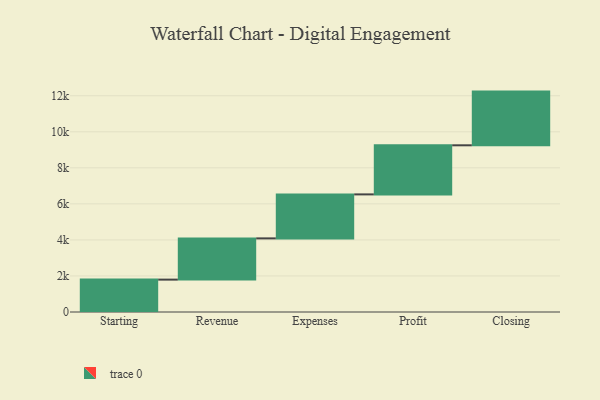
{"axis": {"x": "Step", "y": "Value"}, "legend": [""], "data": [{"x": "Starting", "y": 1797.0, "type": ""}, {"x": "Revenue", "y": 2288.0, "type": ""}, {"x": "Expenses", "y": 2441.0, "type": ""}, {"x": "Profit", "y": 2724.0, "type": ""}, {"x": "Closing", "y": 2980.0, "type": ""}]}